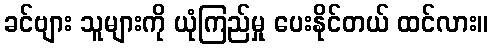
ခင်ဗျား သူများကို ယုံကြည်မှု ပေးနိုင်တယ် ထင်လား။